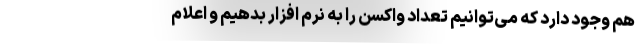
هم وجود دارد که می‌توانیم تعداد واکسن را به نرم افزار بدهیم و اعلام